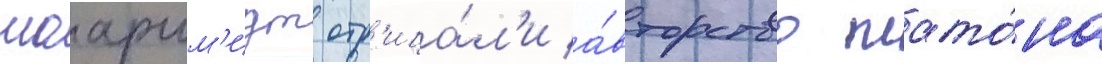
шааршм'идт отр'ица́л'и а́вторство плато́на